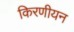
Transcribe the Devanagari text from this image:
किरणीयन